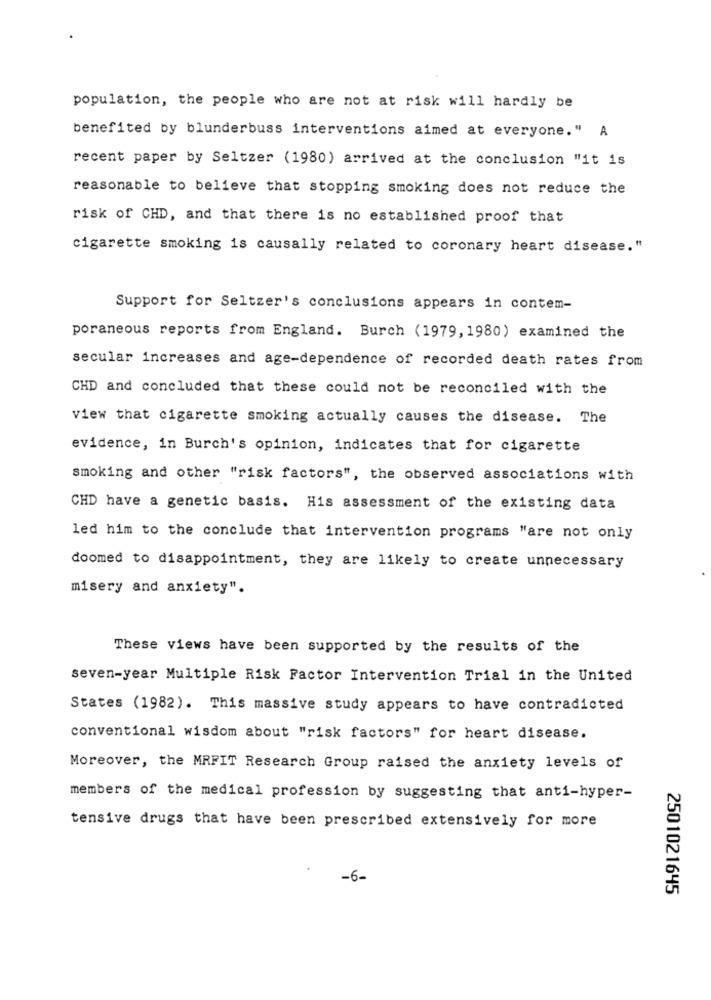
population, the people who are not at risk will hardly be
benefited by blunderbuss interventions aimed at everyone." A
recent paper by Seltzer (1980) arrived at the conclusion "it is
reasonable to believe that stopping smoking does not reduce the
risk of CHD, and that there is no established proof that
cigarette smoking is causally related to coronary heart disease."
Support for Seltzer's conclusions appears in contem-
poraneous reports from England. Burch (1979, 1980) examined the
secular increases and age-dependence of recorded death rates from
CHD and concluded that these could not be reconciled with the
view that cigarette smoking actually causes the disease. The
evidence, in Burch's opinion, indicates that for cigarette
smoking and other "risk factors", the observed associations with
CHD have a genetic basis. His assessment of the existing data
led him to the conclude that intervention programs "are not only
doomed to disappointment, they are likely to create unnecessary
misery and anxiety".
These views have been supported by the results of the
seven-year Multiple Risk Factor Intervention Trial in the United
States (1982). This massive study appears to have contradicted
conventional wisdom about "risk factors" for heart disease.
Moreover, the MRFIT Research Group raised the anxiety levels of
members of the medical profession by suggesting that anti-hyper-
tensive drugs that have been prescribed extensively for more
-6-
2501021645